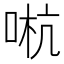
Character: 𠵉